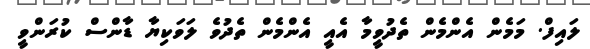
ލައިފް. މަމެން އެންމެން ތެދުވީމާ އެއީ އެންމެން ތެދުވެ ލަވަކިޔާ ޑާންސް ކުރަންވީ